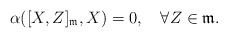
\begin{align*}\alpha([X,Z]_\mathfrak{m},X)=0,\quad\forall Z\in\mathfrak{m}.\end{align*}